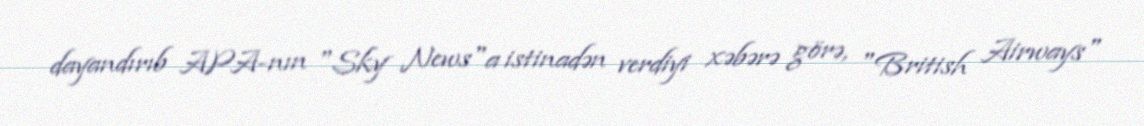
dayandırıb APA-nın "Sky News"a istinadən verdiyi xəbərə görə, "British Airways"